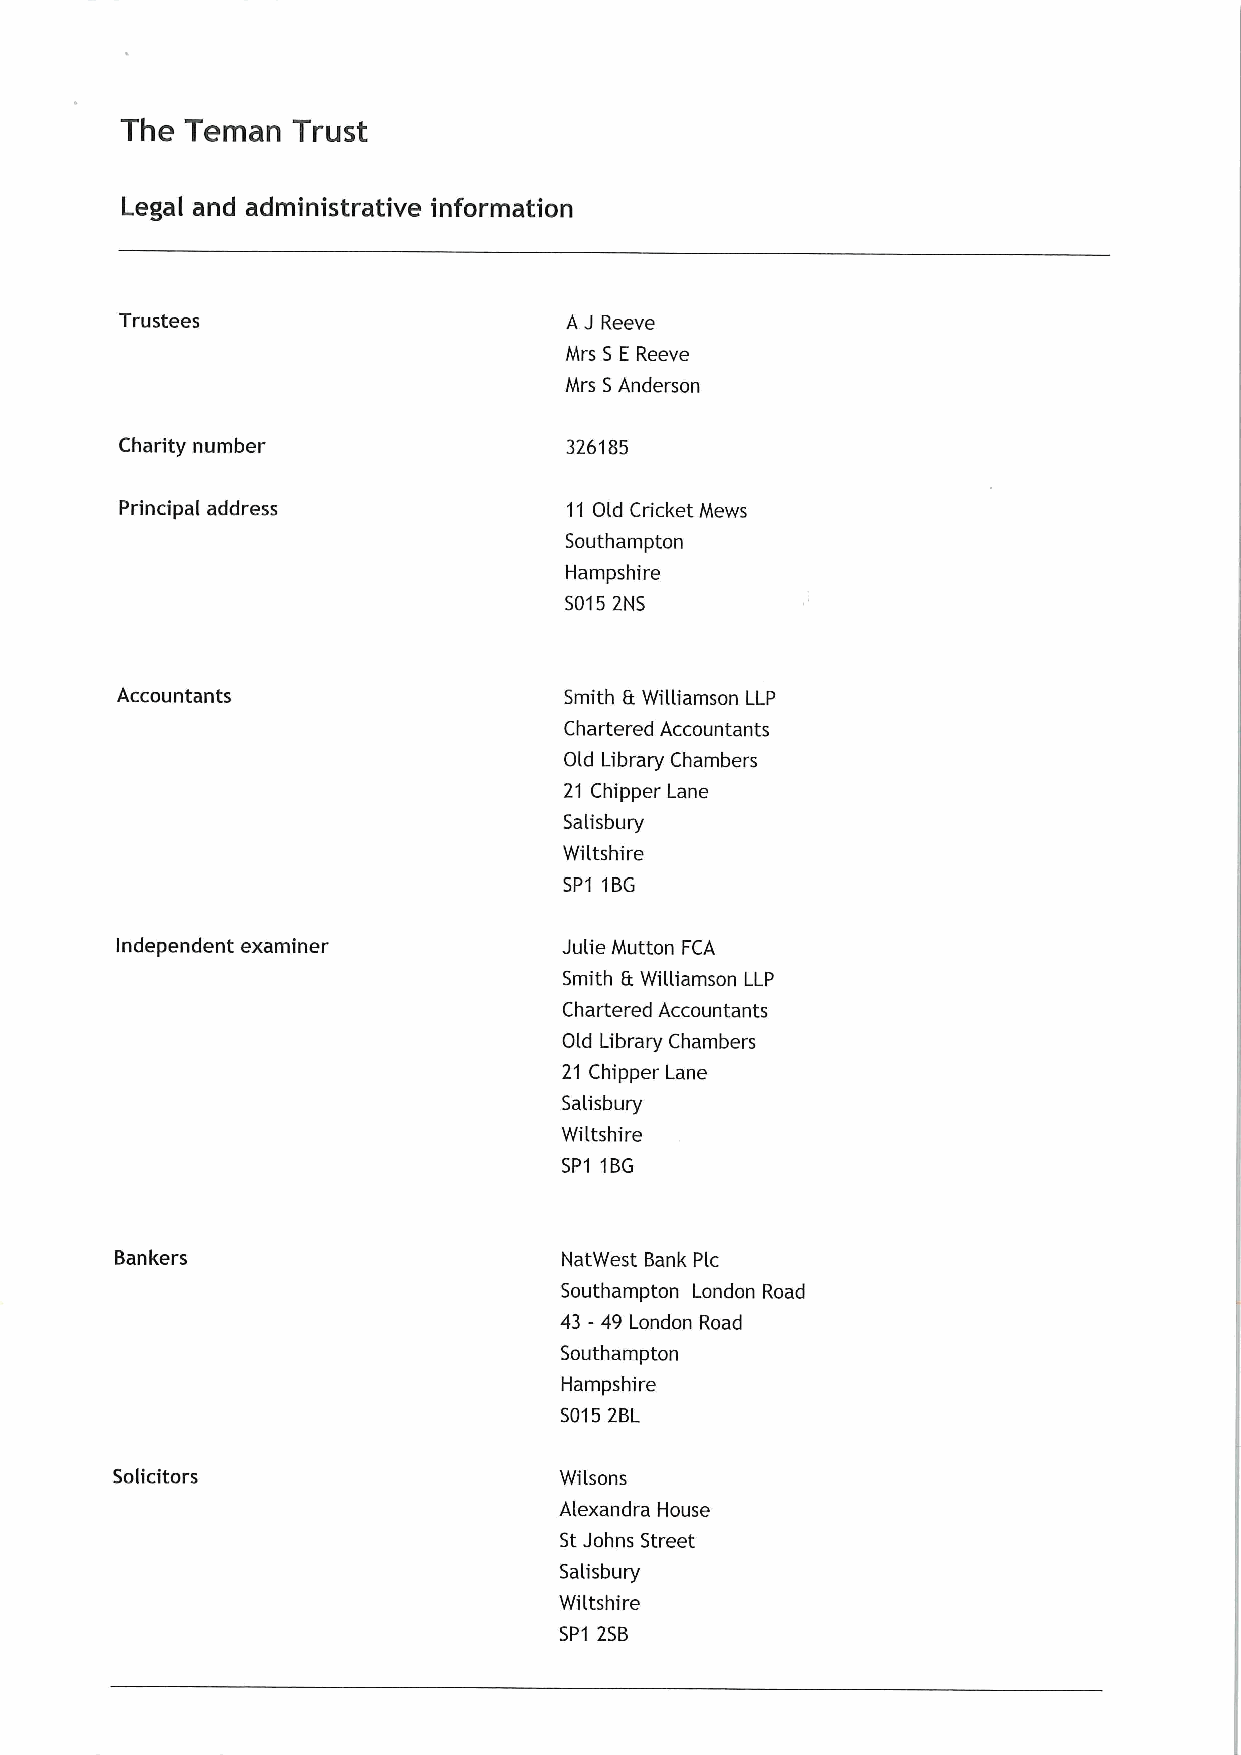
The Teman  Trust
 Legal and administrative information
 Trustees                     A J Reeve
 Mrs S E Reeve
 Mrs SAnderson
 Charity number               326185
 Principal address             11 Old Cricket Mews
 Southampton
 Hampshire
 S0152NS
 Accountants                  Smith &Williamson LLP
 Chartered Accountants
 Old Library Chambers
 21 Chipper Lane
 Salisbury
 Wilts hire
 SP1 1BG
 Independent examiner         Julie Mutton FCA
 Smith 6 Williamson LLP
 Chartered Accountants
 Old Library Chambers
 21 Chipper Lane
 Salisbury
 Wilts hire
 SP1 1BG
 Bankers                      NatWest Bank Plc
 Southampton London Road
 43 - 49 London Road
 Southampton
 Hampshire
 50152BL
 Solicitors                    Wilsons
 Alexandra House
 StJohns Street
 Salisbury
 Wiltshire
 SP1 2SB